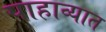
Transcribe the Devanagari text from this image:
पाहाव्यात